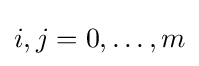
i,j=0,\ldots ,m